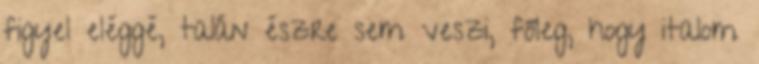
figyel eléggé, talán észre sem veszi, főleg, hogy italom